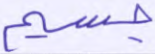
جسيم